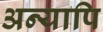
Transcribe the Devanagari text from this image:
अन्यापि